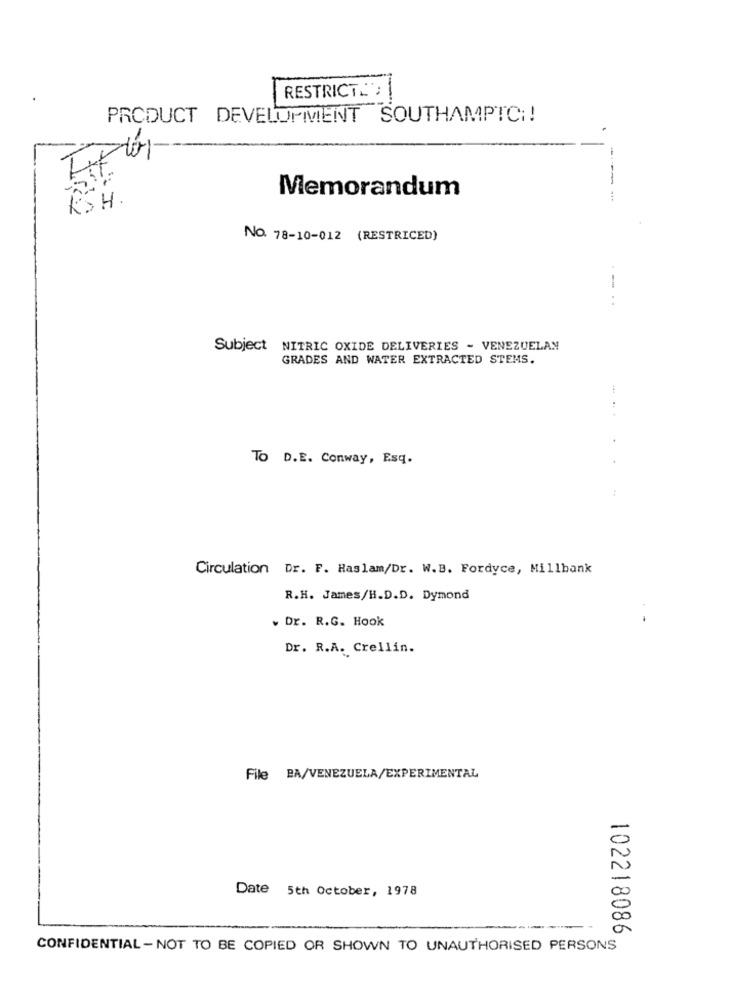
RESTRICT;
PRODUCT DEVELOPMENT SOUTHAMPTCH!
Memorandum
RSH
No. 78-10-012 (RESTRICED)
-...
Subject NITRIC OXIDE DELIVERIES - VENEZUELAN
GRADES AND WATER EXTRACTED STEMS.
-
TO D.E. Conway, Esq.
Circulation Dr. F. Haslam/Dr. W.B. Fordyce, Millbank
R.H. James/H.D.D. Dymond
. Dr. R.G. Hook
Dr. R.A. Crellin.
File PA/VENEZUELA/EXPERIMENTAL
Date 5th October, 1978
102218086
CONFIDENTIAL - NOT TO BE COPIED OR SHOWN TO UNAUTHORISED PERSONS